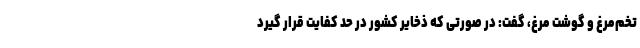
تخم‌مرغ و گوشت مرغ، گفت: در صورتی که ذخایر کشور در حد کفایت قرار گیرد